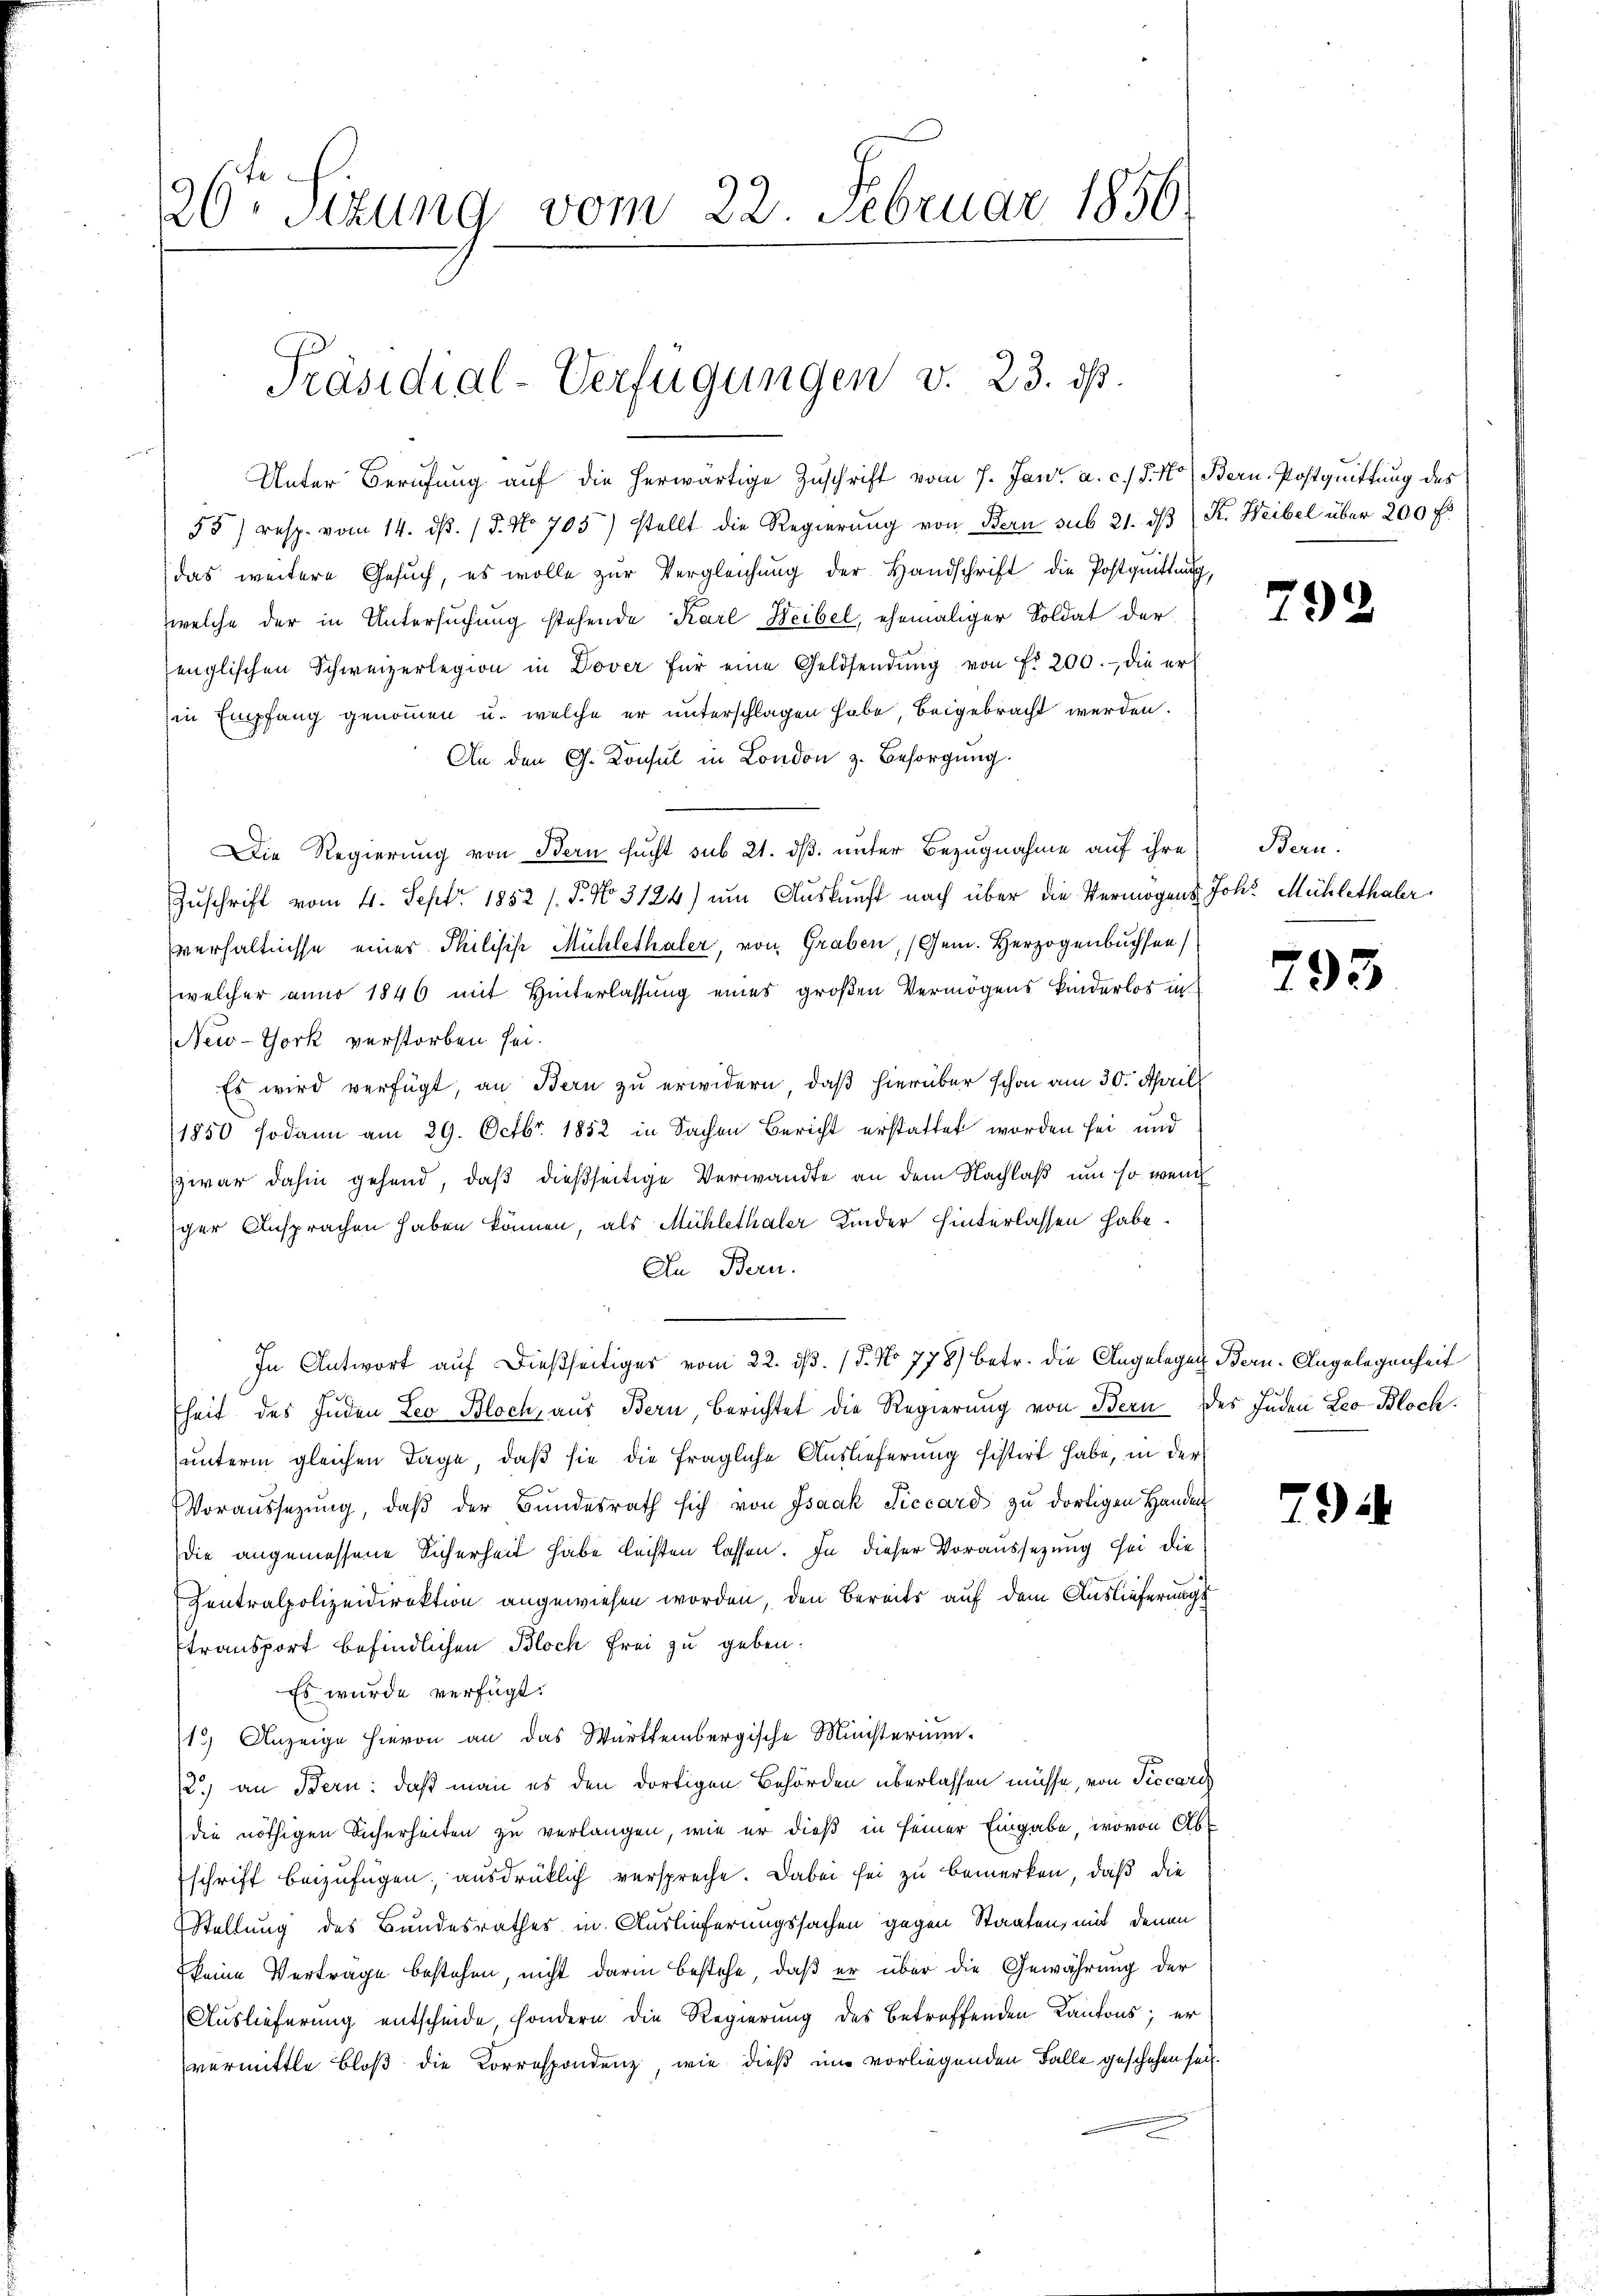
20. Sitzung vom 22. Februar 1856

Präsidial-Verfügungen v. 23. ds.

Unter Berufung auf die herwärtige Zuschrift vom 7. Jan. a. c. J. Mo. Bern. Postquittung des
55) resp. vom 14. dβ. / 5. No 705) stellt die Regierŭng von Bern sub 21. dβ K. Weibel über 200 f.
das weitere Gesŭch, es wolle zŭr Vergleichung der Handschrift die Postquittung,
welche der in Untersuchung stehende Karl Heibel, ehemaliger Soldat der
englischen Schweizerlegion in Dover für eine Geldsendŭng von f. 200. die er
(in Empfang genommen u. welche er unterschlagen habe, beigebracht werden.
An den G. Konsul in London z. Besorgung.
Die Regierung von Bern sucht sub 21. dß. unter Bezugnahme auf ihre
Zuschrift vom 4. Sept. 1852 /. P. No 3124) um Auskunft nach über die Vermögens Joh. Mühlethaler
verhältnisse einer Philisch Mühlethaler, von Graben, (Gem. Herzogenbuchsen
welcher anno 1846 mit Hinterlassung eines großen Vermögens kinderlos in
New-York verstorben sei.
Es wird verfügt, an Bern zu erwidern, daß hierüber schon am 30. April
1850 sodann am 29. Octbr. 1852 in Sachen Bericht erstattet worden sei und
zwar dahin gehend, daß dießseitige Verwandte an dem Nachlaß um so wenig
ger Ansprachen haben können, als Mühlethaler Kinder hinterlassen habe.
An Bern.
In Antwort auf dießseitiges vom 22. ds. (T. No 778) betr. die Angelegen Bern. Angelegenheit
fheit des Juden Leo Bloch, aus Bern, berichtet die Regierung von Bern des Juden Leo Bloch
unterm gleichen Tage, daß sie die fragliche Auslieferung sistirt habe, in der
Voraussezung, daβ der Bundesrath sich von Isaak Ticcard zu dortigen Handen
die angemessene Sicherheit habe leisten lassen. In dieser Voraussetzung sei die
Centralpolizeidirektion angewiesen worden, den Bereits auf dem Auslieferungs
Etransport befindlichen Bloch frei zu geben:
Es wurde verfügt:
13) Anzeige hievon an das Württembergische Ministerium.
12.) an Bern: daß man es den dortigen Behörden überlassen müsse, von Piccari
die nöthigen Sicherheiten zu verlangen, wie er dieß in seiner Eingabe, wovon Abschrift beizufügen, ausdrücklich verspreche. Dabei sei zu bemerken, daß die
Stellung des Bandesrathes in Auslieferungssachen gegen Staaten, mit denen
keine Vertrage bestehen, nicht darin bestehe, daß er über die Gewährung der
Auslieferung entscheide, sondern die Regierung des betreffenden Kantons; er
vermittle Bloß die Korrespondenz, wie dieß um vorliegenden Falle geschehen sei.

792

Bern.

793

e

72